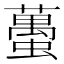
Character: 蠆